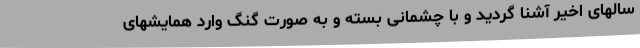
سالهای اخیر آشنا گردید و با چشمانی بسته و به صورت گنگ وارد همایشهای